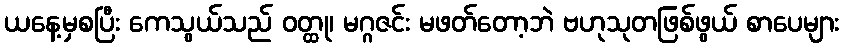
ယနေ့မှစပြီး ကေသွယ်သည် ဝတ္ထု၊ မဂ္ဂဇင်း မဖတ်တော့ဘဲ ဗဟုသုတဖြစ်ဖွယ် စာပေများ